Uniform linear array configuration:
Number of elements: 4
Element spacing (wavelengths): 0.25
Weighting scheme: cosine
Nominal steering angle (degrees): -15
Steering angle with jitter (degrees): -13.467
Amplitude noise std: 0.05
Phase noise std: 0.05

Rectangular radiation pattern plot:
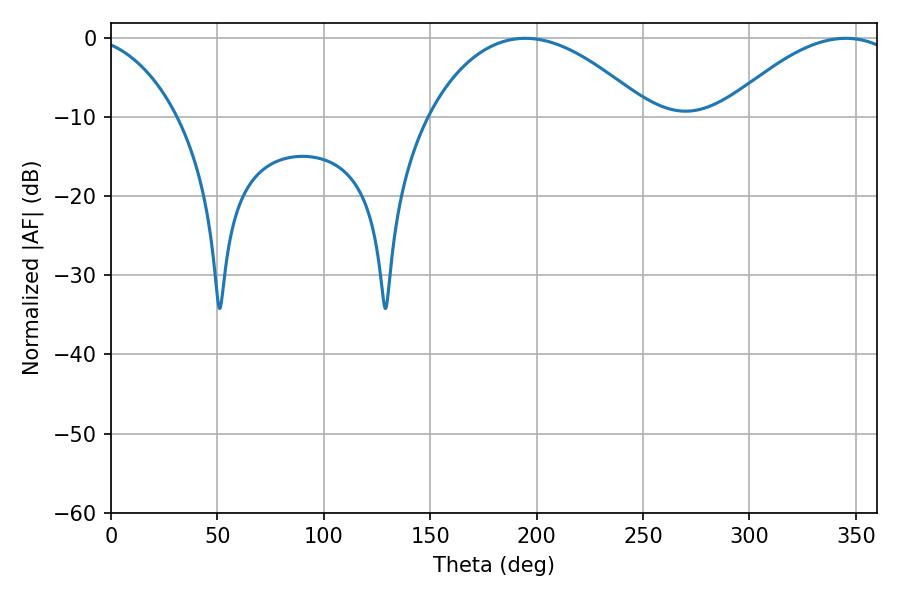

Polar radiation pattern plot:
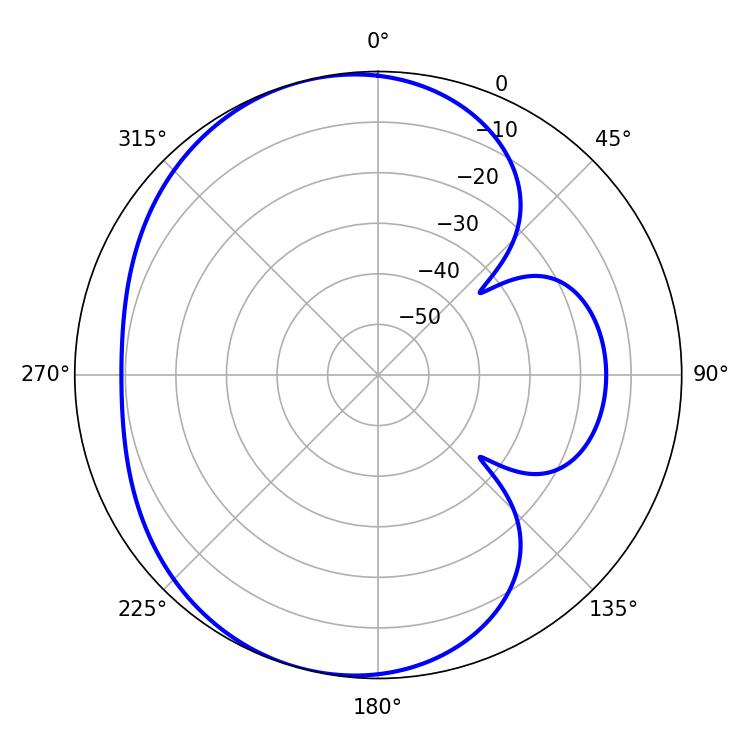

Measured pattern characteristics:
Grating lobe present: FALSE
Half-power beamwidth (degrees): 57.78
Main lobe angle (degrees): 194.76